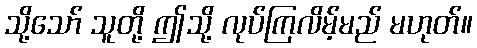
သို့သော် သူတို့ ဤသို့ လုပ်ကြလိမ့်မည် မဟုတ်။